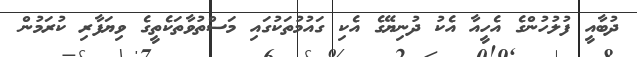
ދުބާއީ ފުލުހުންގެ އެހީއާ އެކު ދުނިޔޭގެ އެކި ގައުމުތަކުގައި މަސްތުވާތަކެތީގެ ވިޔަފާރި ކުރަމުން